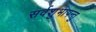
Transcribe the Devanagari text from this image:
सर्वशुभापन्तु